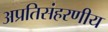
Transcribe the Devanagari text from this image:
अप्रतिसंहरणीय